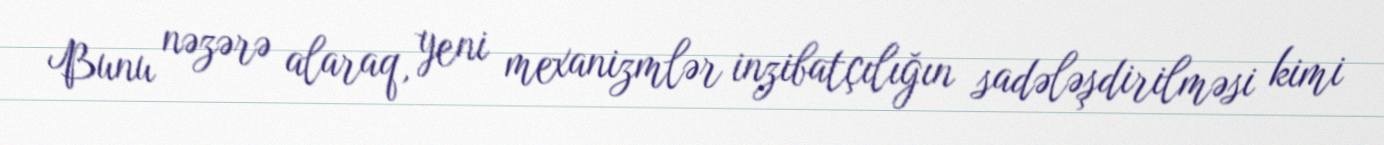
Bunu nəzərə alaraq, yeni mexanizmlər inzibatçılığın sadələşdirilməsi kimi